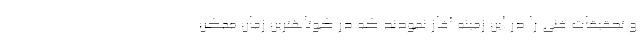
و تحقیقات فنی را در این زمینه آغاز نمودند که در کوتاهترین زمان ممکن